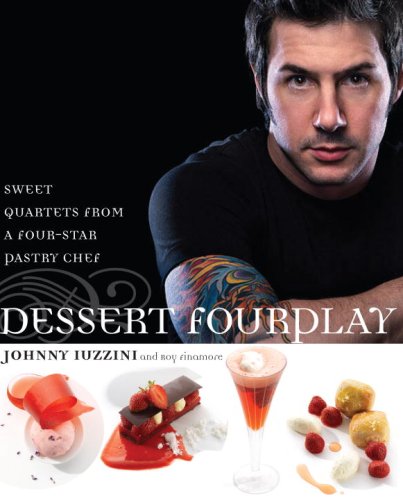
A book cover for Dessert FourPlay: Sweet Quartets from a Four-Star Pastry Chef; Johnny Iuzzini; Cookbooks, Food & Wine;